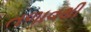
તળાવથી